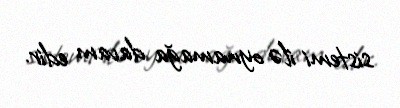
sistemi ilə oynamağa davam edir.